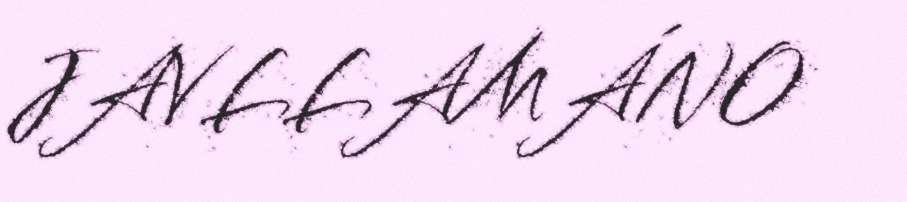
JAVLLAMÁNO